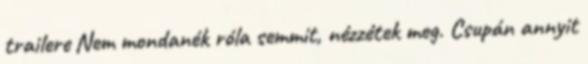
trailere Nem mondanék róla semmit, nézzétek meg. Csupán annyit